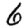
Digit: 6